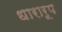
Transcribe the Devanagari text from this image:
धारारूप